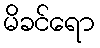
မိခင်ရော